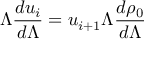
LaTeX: \Lambda \frac { d u _ { i } } { d \Lambda } = u _ { i + 1 } \Lambda \frac { d \rho _ { 0 } } { d \Lambda }